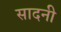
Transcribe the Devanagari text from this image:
सादनी